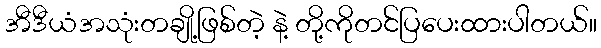
အီဒီယံအသုံးတချို့ဖြစ်တဲ့ နဲ့ တို့ကိုတင်ပြပေးထားပါတယ်။